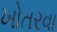
ખોતરવા